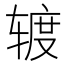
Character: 𰺕